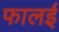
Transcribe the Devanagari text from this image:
फालई